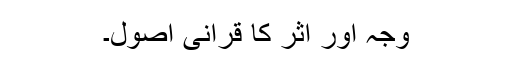
وجہ اور اثر کا قرآنی اصول۔